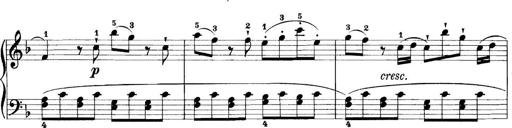
Title: 11 Sonatinas
Composer: Anton Diabelli